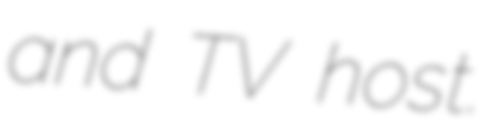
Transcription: and TV host.